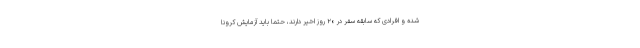
شده و افرادی که سابقه سفر در ۲۰ روز اخیر دارند، حتما باید آزمایش کرونا